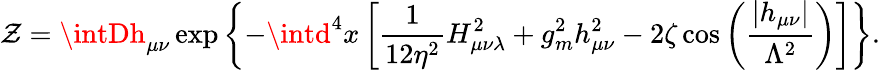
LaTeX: {\cal\mathcal{Z}}=\intDh_{\mu\nu}\exp\left\{ -\intd^{4}x\left[\frac{{1}}{{12\eta^{2}}}H_{\mu\nu\lambda}^{2}+g_{m}^{2}h_{\mu\nu}^{2}-2\zeta\cos\left(\frac{{\left|h_{\mu\nu}\right|}}{{\Lambda^{2}}}\right)\right]\right\} .